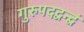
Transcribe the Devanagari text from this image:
गुरुपदद्वन्द्वं